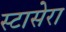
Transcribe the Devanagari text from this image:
स्टासेरा